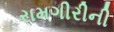
રામગીરીની